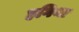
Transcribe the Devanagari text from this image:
हगिया